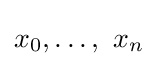
x_{0},\dots ,\ x_{n}